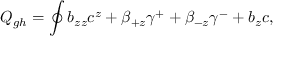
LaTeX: { \cal Q } _ { g h } = \oint b _ { z z } c ^ { z } + \beta _ { + z } \gamma ^ { + } + \beta _ { - z } \gamma ^ { - } + b _ { z } c ,